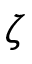
\zeta